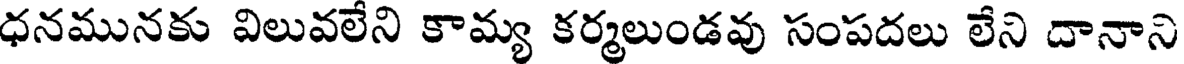
ధనమునకు విలువలేని కామ్య కర్మలుండవు సంపదలు లేని దానాని